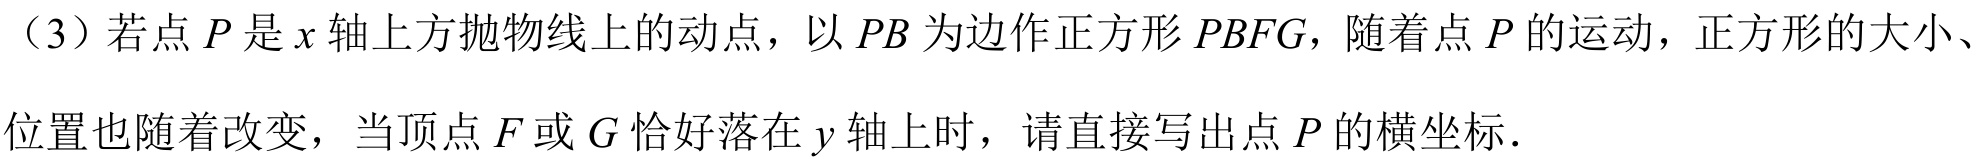
（3）若点\(P\)是\(x\)轴上方抛物线上的动点，以\(PB\)为边作正方形\(PBFG\)，随着点\(P\)的运动，正方形的大小、位置也随着改变，当顶点\(F\)或\(G\)恰好落在\(y\)轴上时，请直接写出点\(P\)的横坐标．